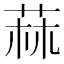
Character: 𦱍